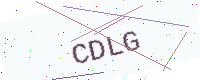
Text: CDLG